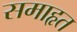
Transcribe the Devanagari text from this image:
समाहृत